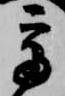
宇